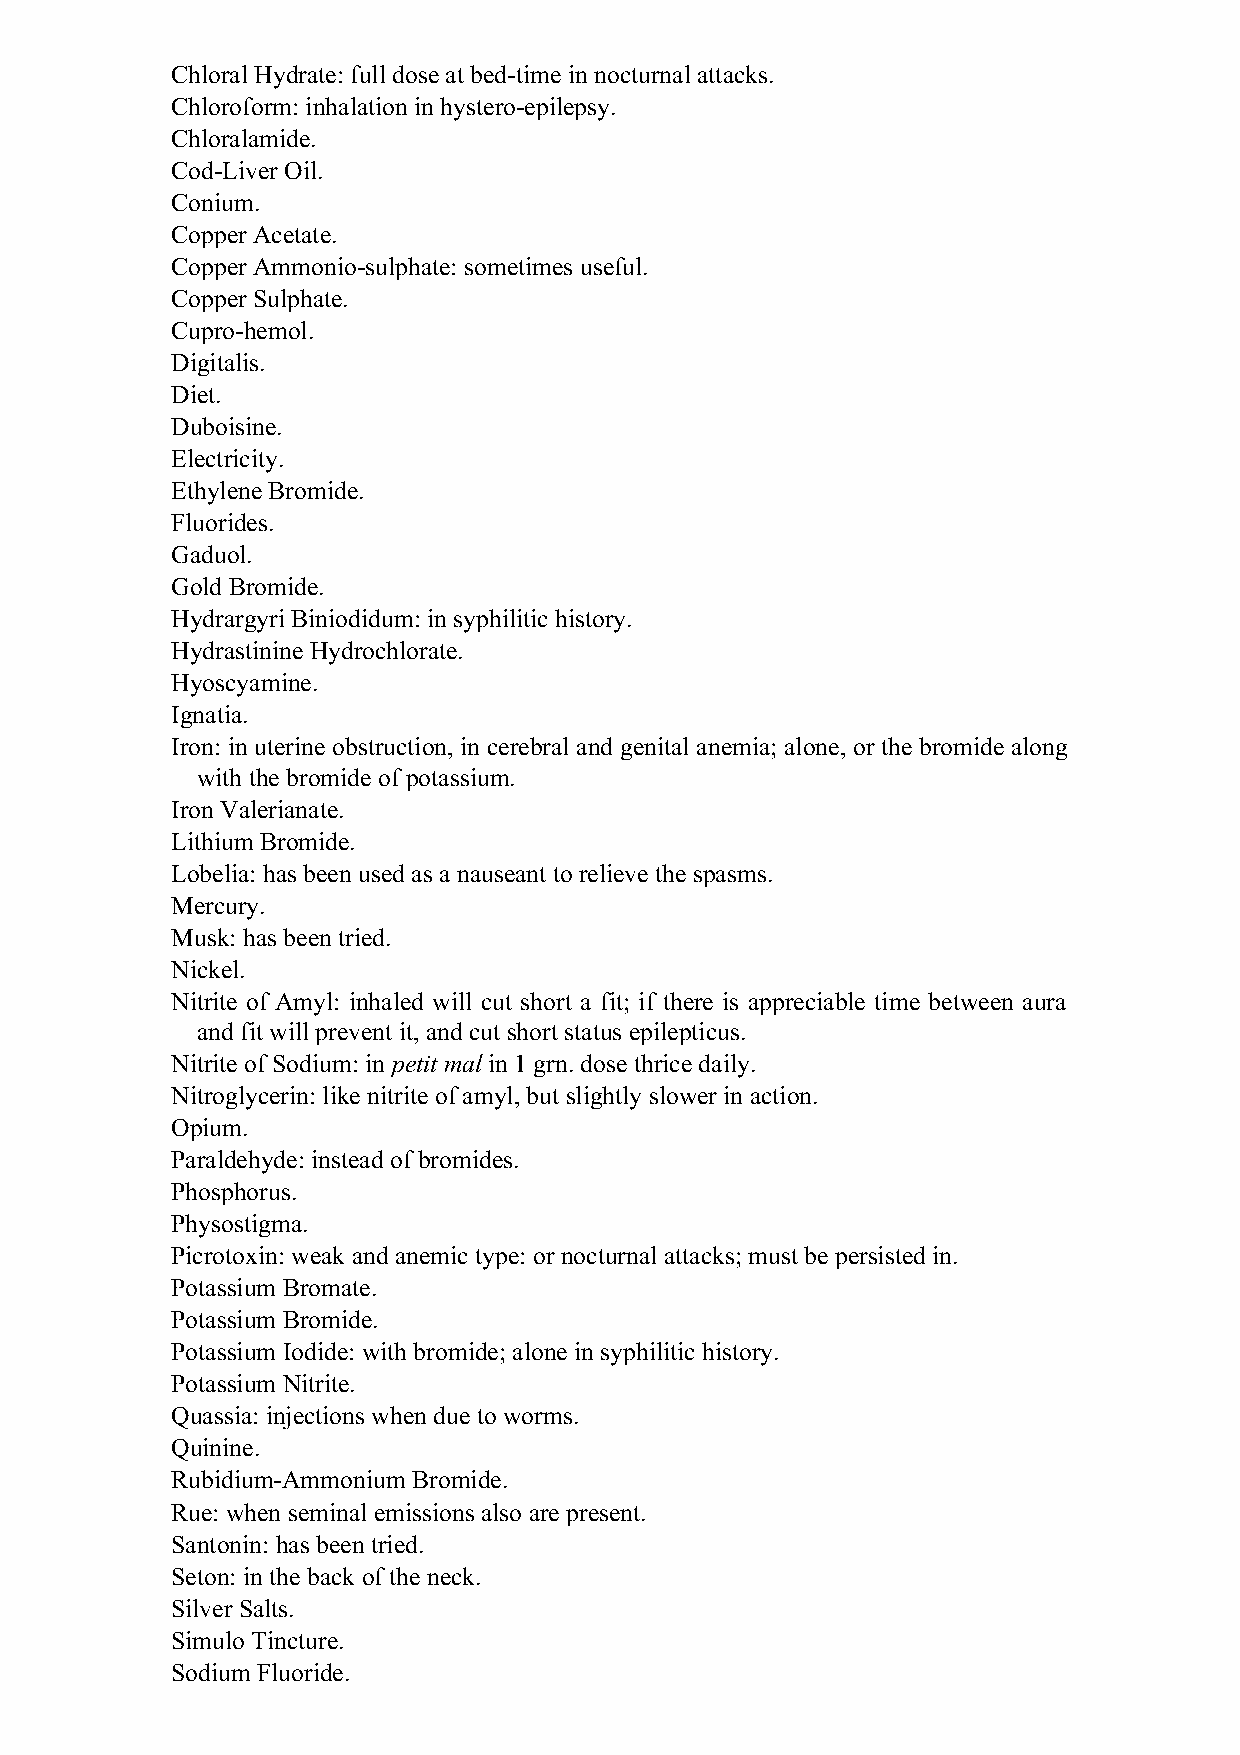
Chloral Hydrate: full dose at bed-time in nocturnal attacks.
 Chloroform: inhalation in hystero-epilepsy.
 Chloralamide.
 Cod-Liver Oil.
 Conium.
 Copper Acetate.
 Copper Ammonio-sulphate: sometimes useful.
 Copper Sulphate.
 Cupro-hemol.
 Digitalis.
 Diet.
 Duboisine.
 Electricity.
 Ethylene Bromide.
 Fluorides.
 Gaduol.
 Gold Bromide.
 Hydrargyri Biniodidum: in syphilitic history.
 Hydrastinine Hydrochlorate.
 Hyoscyamine.
 Ignatia.
 Iron: in uterine obstruction, in cerebral and genital anemia; alone, or the bromide along
 with the bromide of potassium.
 Iron Valerianate.
 Lithium Bromide.
 Lobelia: has been used as a nauseant to relieve the spasms.
 Mercury.
 Musk: has been tried.
 Nickel.
 Nitrite of Amyl: inhaled will cut short a fit; if there is appreciable time between aura
 and fit will prevent it, and cut short status epilepticus.
 Nitrite of Sodium: in petit mal in 1 grn. dose thrice daily.
 Nitroglycerin: like nitrite of amyl, but slightly slower in action.
 Opium.
 Paraldehyde: instead of bromides.
 Phosphorus.
 Physostigma.
 Picrotoxin: weak and anemic type: or nocturnal attacks; must be persisted in.
 Potassium Bromate.
 Potassium Bromide.
 Potassium Iodide: with bromide; alone in syphilitic history.
 Potassium Nitrite.
 Quassia: injections when due to worms.
 Quinine.
 Rubidium-Ammonium Bromide.
 Rue: when seminal emissions also are present.
 Santonin: has been tried.
 Seton: in the back of the neck.
 Silver Salts.
 Simulo Tincture.
 Sodium Fluoride.